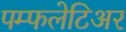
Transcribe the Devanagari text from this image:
पम्फलेटिअर